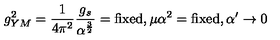
g _ { Y M } ^ { 2 } = { \frac { 1 } { 4 \pi ^ { 2 } } } { \frac { g _ { s } } { \alpha ^ { \frac { 3 } { 2 } } } } = \mathrm { f i x e d } , \mu \alpha ^ { 2 } = \mathrm { f i x e d } , \alpha ^ { \prime } \to 0